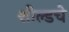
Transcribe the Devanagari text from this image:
शील्डचे